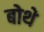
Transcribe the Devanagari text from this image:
बोथे